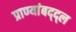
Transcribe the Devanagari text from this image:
प्राण्यांबद्द्ल